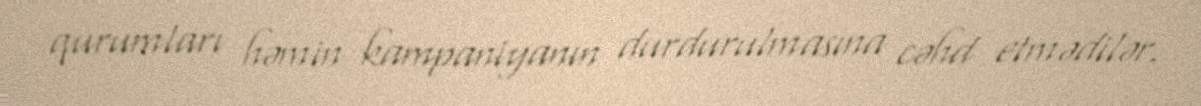
qurumları həmin kampaniyanın durdurulmasına cəhd etmədilər.